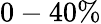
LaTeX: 0-40\%